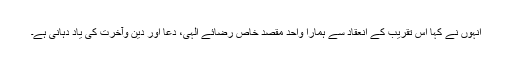
انہوں نے کہا اس تقریب کے انعقاد سے ہمارا واحد مقصد خاص رضائے الہی، دعا اور دین وآخرت کی یاد دہانی ہے۔